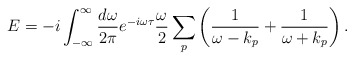
\begin{align*}E=-i\int_{-\infty}^\infty {d\omega\over2\pi}e^{-i\omega \tau}{\omega\over2}\sum_p\left({1\over\omega-k_p}+{1\over\omega+k_p}\right).\end{align*}